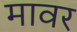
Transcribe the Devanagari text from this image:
मावर